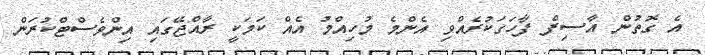
އެ ގޮތުން އާސިފް ފާހަގަކުރެއްވި އެންމެ މުހިއްމު އެއް ކަމަކީ ރާއްޖޭގައި އިންވެސްޓްކުރަން